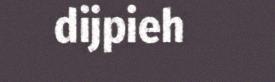
dijpieh